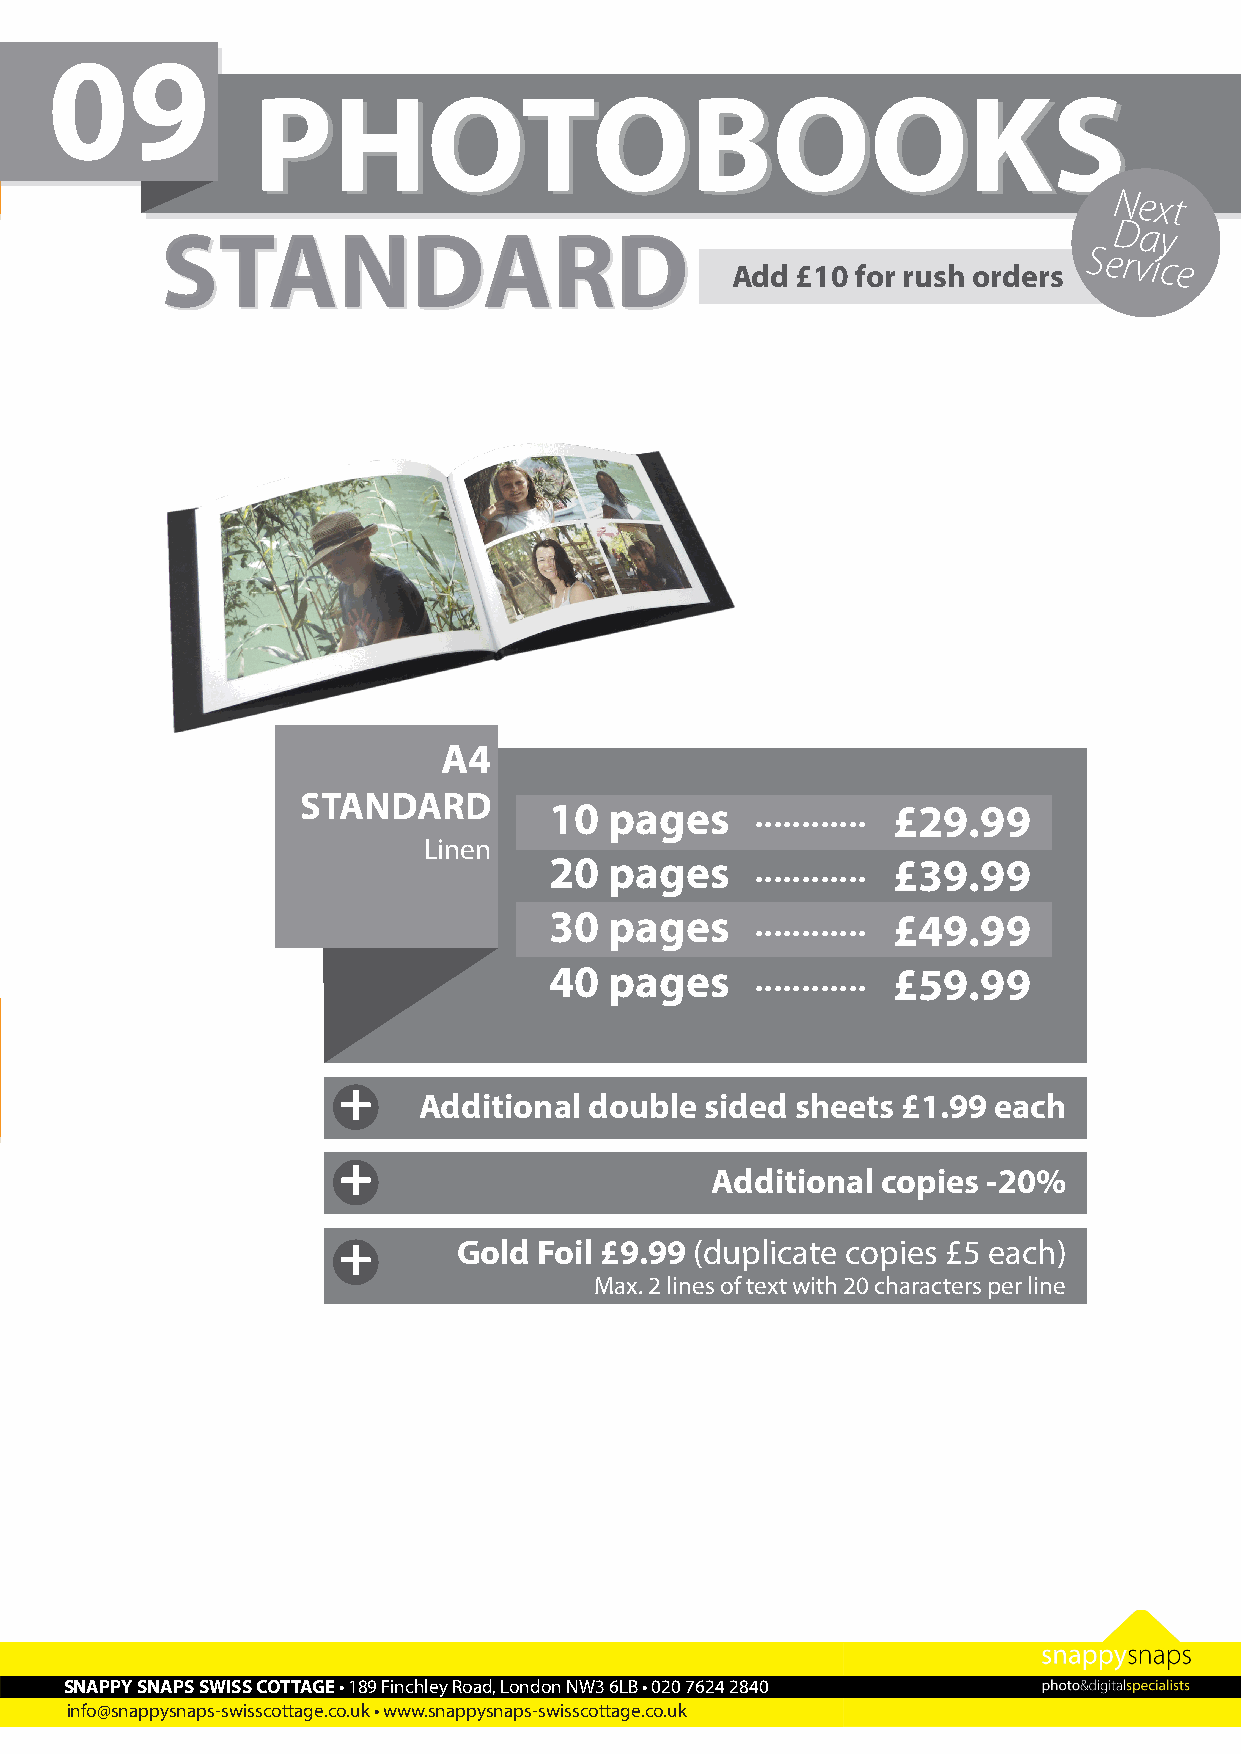
09
 PPHHOOTTOOBBOOOOKKSS
 Next
 SSTTAANNDDAARRDD
 Day
 Add  £10 for rush orders
 Service
 A4
 STANDARD        10  pages     ............ £29.99
 Linen
 20  pages     ............ £39.99
 30  pages     ............ £49.99
 40  pages     ............ £59.99
 +
 Additional double  sided sheets £1.99 each
 +
 Additional copies -20%
 +       Gold  Foil £9.99 (duplicate copies £5 each)
 Max. 2 lines of text with 20 characters per line
 Printed on 125 gsm - Full colour - Size 120 x 29.7 cm
 Artwork Design
 £15
 Minimum charge
 Collage / Pop Art / Colour Highlight etc
 SNAPPY SNAPS SWISS COTTAGE • 189 Finchley Road, London NW3 6LB • 020 7624 2840
 info@snappysnaps-swisscottage.co.uk • www.snappysnaps-swisscottage.co.uk